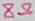
Text: 8Ω